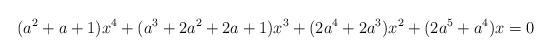
LaTeX: \begin{align*}(a^2+a+1)x^4+(a^3+2a^2+2a+1)x^3+(2a^4+2a^3)x^2+(2a^5+a^4)x=0\end{align*}